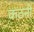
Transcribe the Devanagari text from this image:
कठनी